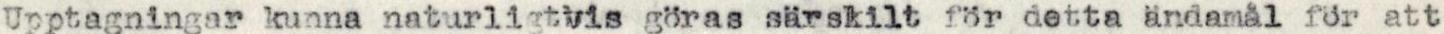
Upptagningar kunna naturligtvis göras särskilt för detta ändamål för att